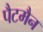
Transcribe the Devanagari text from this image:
पैटमैन